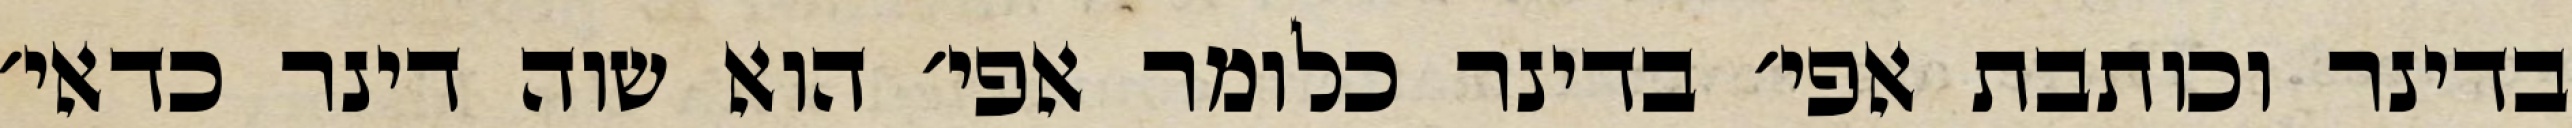
בדינר וכותבת אפי׳ בדינר כלומר אפי׳ הוא שוה דינר כדאי׳